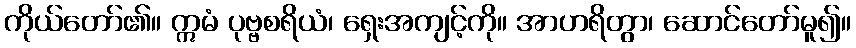
ကိုယ်တော်၏။ ဣမံ ပုဗ္ဗစရိယံ၊ ရှေးအကျင့်ကို။ အာဟရိတွာ၊ ဆောင်တော်မူ၍။